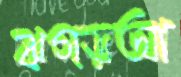
ঝগড়আ